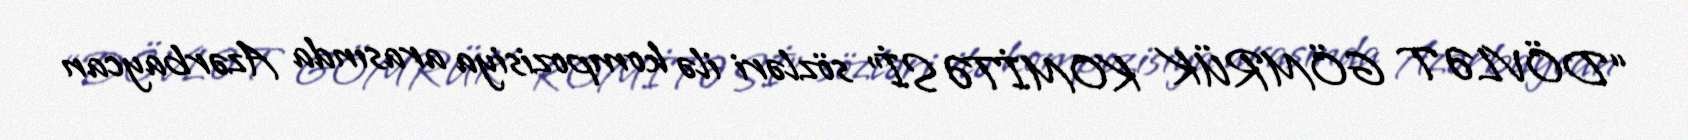
“DÖVLƏT GÖMRÜK KOMİTƏSİ” sözləri ilə kompozisiya arasında Azərbaycan